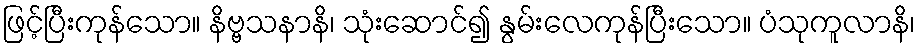
ဖြင့်ပြီးကုန်သော။ နိဗ္ဗသနာနိ၊ သုံးဆောင်၍ နွမ်းလေကုန်ပြီးသော။ ပံသုကူလာနိ၊